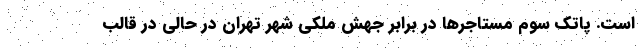
است. پاتک سوم مستاجرها در برابر جهش ملکی شهر تهران در حالی در قالب